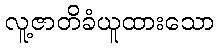
လူ့ဇာတိခံယူထားသော